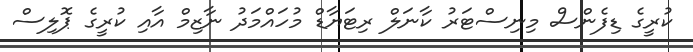
ކުރީގެ ޑިފެންސް މިނިސްޓަރު ކާނަލް ރިޓަޔާޑް މުހައްމަދު ނާޒިމް އާއި ކުރީގެ ޕޮލިސް